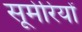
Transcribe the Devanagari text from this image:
सूमेरियों